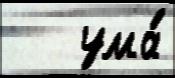
   ума́